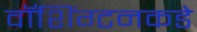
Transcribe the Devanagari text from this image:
वॉशिंग्टनकडे